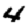
Digit: 4